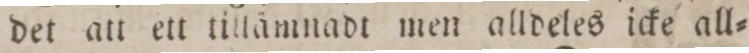
det att ett tillämnadt men alldeles icke all=